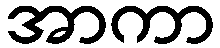
အာကာ